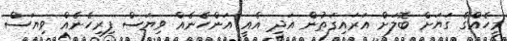
މީހެއްގެ ގަޔަށް ބޮލަށް އަރައިގަތުން އަދި އެއީ އަންހެނެއް ވިޔަސް ފިރިހެނެއް ވިޔަސް